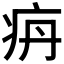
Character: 𰣤